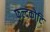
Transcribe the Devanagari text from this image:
फल्दकोटि